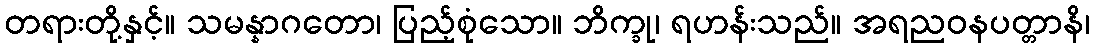
တရားတို့နှင့်။ သမန္နာဂတော၊ ပြည့်စုံသော။ ဘိက္ခု၊ ရဟန်းသည်။ အရညဝနပတ္တာနိ၊